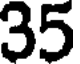
35